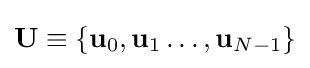
\mathbf {U} \equiv \{\mathbf {u} _{0},\mathbf {u} _{1}\dots ,\mathbf {u} _{N-1}\}